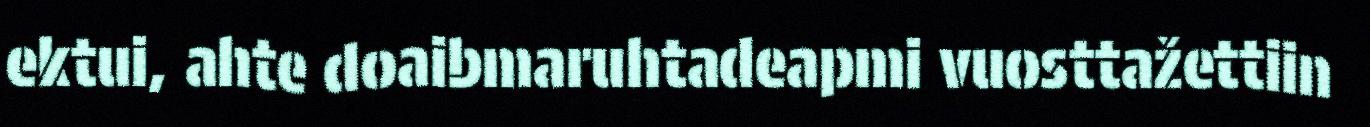
ektui, ahte doaibmaruhtadeapmi vuosttažettiin